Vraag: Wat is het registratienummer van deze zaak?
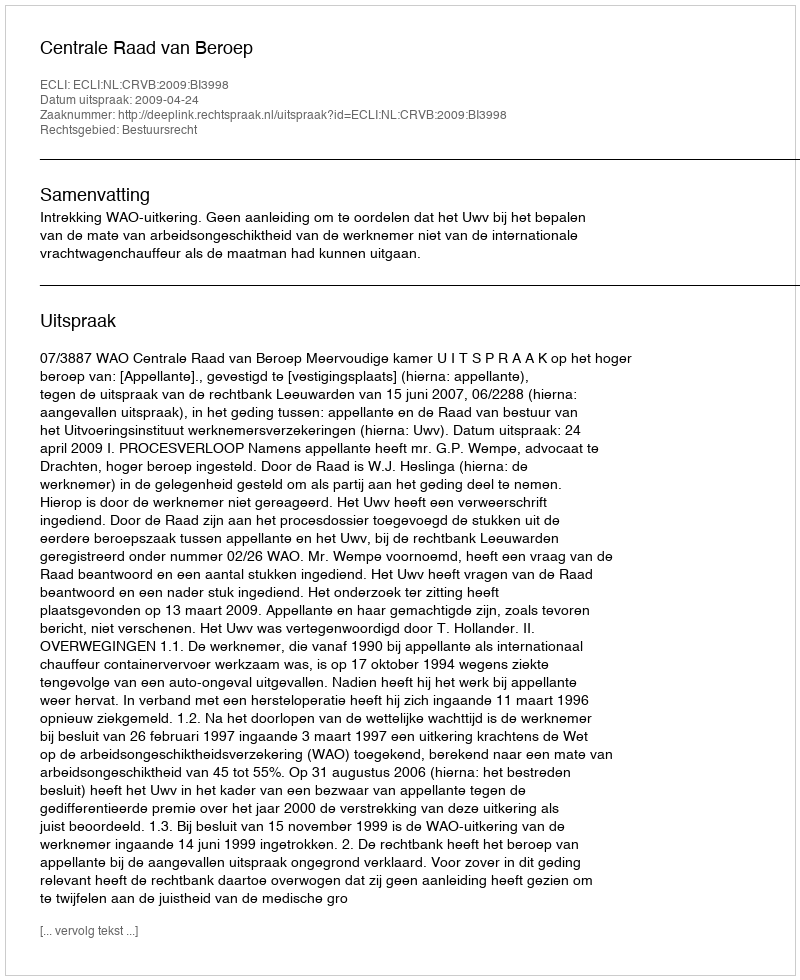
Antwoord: http://deeplink.rechtspraak.nl/uitspraak?id=ECLI:NL:CRVB:2009:BI3998